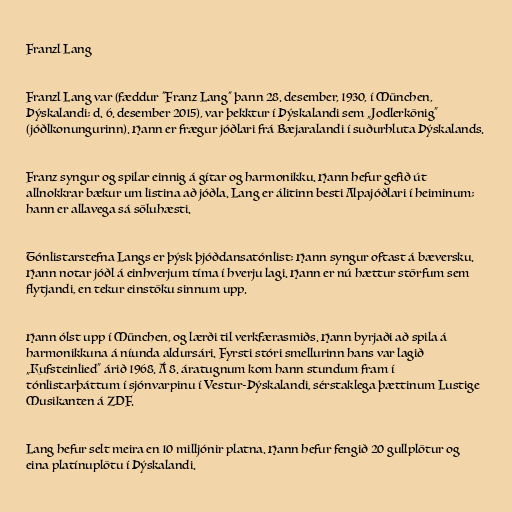
Franzl Lang

Franzl Lang var (fæddur "Franz Lang" þann 28. desember, 1930, í München,
Þýskalandi; d. 6. desember 2015), var þekktur í Þýskalandi sem „Jodlerkönig“
(jóðlkonungurinn). Hann er frægur jóðlari frá Bæjaralandi í suðurhluta Þýskalands.

Franz syngur og spilar einnig á gítar og harmonikku. Hann hefur gefið út
allnokkrar bækur um listina að jóðla. Lang er álitinn besti Alpajóðlari í heiminum;
hann er allavega sá söluhæsti.

Tónlistarstefna Langs er þýsk þjóðdansatónlist; Hann syngur oftast á bæversku.
Hann notar jóðl á einhverjum tíma í hverju lagi. Hann er nú hættur störfum sem
flytjandi, en tekur einstöku sinnum upp.

Hann ólst upp í München, og lærði til verkfærasmiðs. Hann byrjaði að spila á
harmonikkuna á níunda aldursári. Fyrsti stóri smellurinn hans var lagið
„Kufsteinlied“ árið 1968. Á 8. áratugnum kom hann stundum fram í
tónlistarþáttum í sjónvarpinu í Vestur-Þýskalandi, sérstaklega þættinum Lustige
Musikanten á ZDF.

Lang hefur selt meira en 10 milljónir platna. Hann hefur fengið 20 gullplötur og
eina platínuplötu í Þýskalandi.